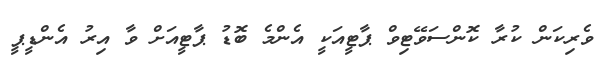
ވެރިކަން ކުރާ ކޮންސަވޭޓިވް ޕާޓީއަކީ އެންމެ ބޮޑު ޕާޓީއަށް ވާ އިރު އެންޑީޕީ